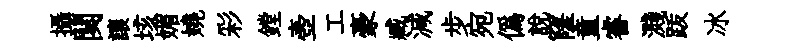
攝闋讓垓媚嬈彩鏜壺工豪臧減步宛偽説窿童睿濺䟦冰